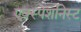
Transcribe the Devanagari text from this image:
एक्स्पेशनिस्ट